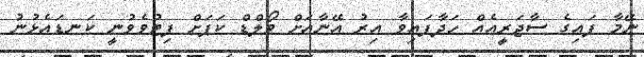
ނޭމާ ފައިގެ ސާޖަރީއެއް ހަދާފައިވާ އިރު އޭނާއަށް ވޯލްޑް ކަޕަށް ފިޓުވެވުނީ ކަނޑައެޅުނު